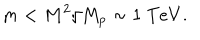
LaTeX: m < { M ^ { 2 } / M _ { p } } \sim 1 ~ { \mathrm { T } e V } .